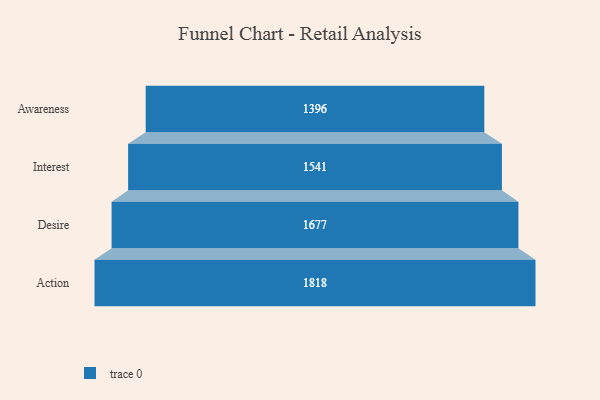
{"axis": {"x": "Stage", "y": "Value"}, "legend": [""], "data": [{"x": "Awareness", "y": 1396.0, "type": ""}, {"x": "Interest", "y": 1541.0, "type": ""}, {"x": "Desire", "y": 1677.0, "type": ""}, {"x": "Action", "y": 1818.0, "type": ""}]}